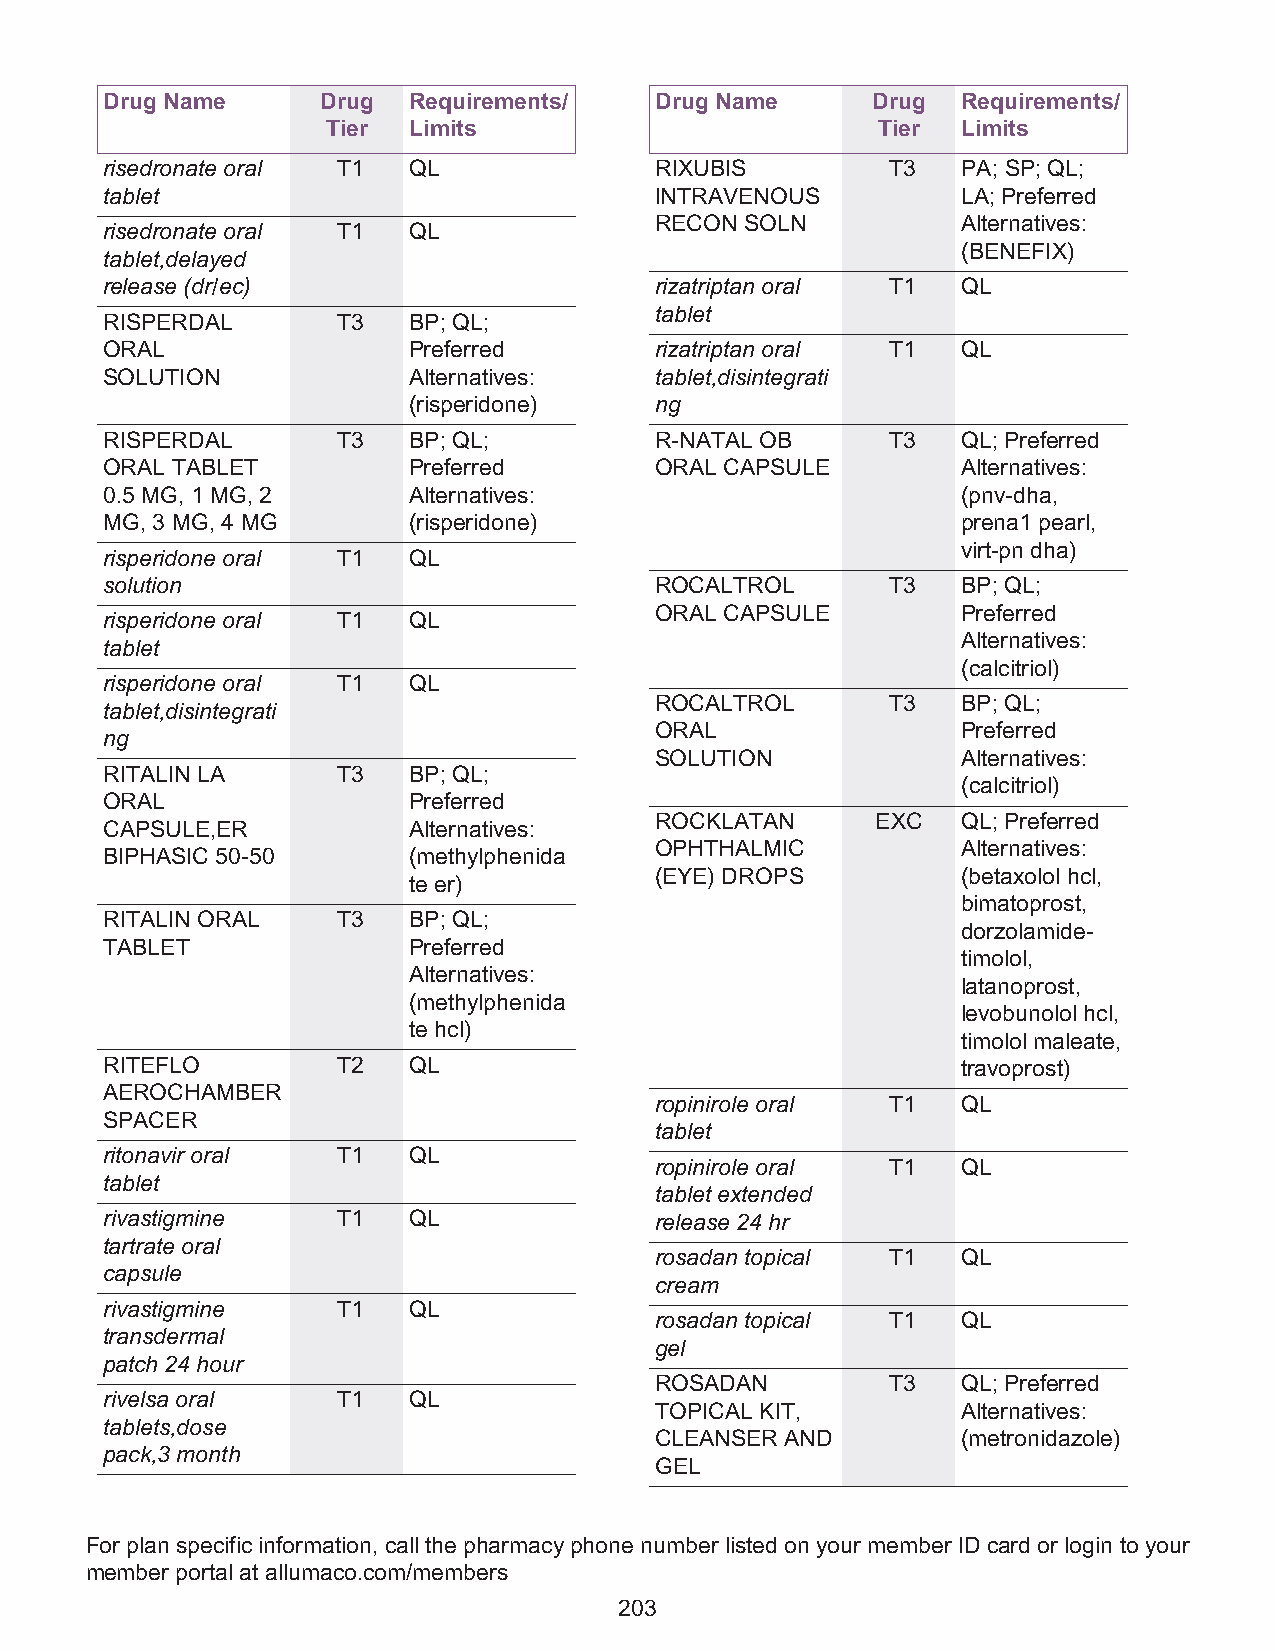
Drug Name     Drug  Requirements/   Drug Name      Drug  Requirements/
 Tier Limits                         Tier  Limits
 risedronate oral T1 QL              RIXUBIS         T3   PA; SP; QL;
 tablet                              INTRAVENOUS          LA; Preferred
 RECON SOLN           Alternatives:
 risedronate oral T1 QL
 (BENEFIX)
 tablet,delayed
 release (dr/ec)                     rizatriptan oral T1  QL
 tablet
 RISPERDAL      T3   BP; QL;
 ORAL                Preferred       rizatriptan oral T1  QL
 SOLUTION            Alternatives:   tablet,disintegrati
 (risperidone)   ng
 RISPERDAL      T3   BP; QL;         R-NATAL OB      T3   QL; Preferred
 ORAL TABLET         Preferred       ORAL CAPSULE         Alternatives:
 0.5 MG, 1 MG, 2     Alternatives:                        (pnv-dha,
 MG, 3 MG, 4 MG      (risperidone)                        prena1 pearl,
 virt-pn dha)
 risperidone oral T1 QL
 solution                            ROCALTROL       T3   BP; QL;
 ORAL CAPSULE         Preferred
 risperidone oral T1 QL
 Alternatives:
 tablet
 (calcitriol)
 risperidone oral T1 QL
 ROCALTROL       T3   BP; QL;
 tablet,disintegrati
 ORAL                 Preferred
 ng
 SOLUTION             Alternatives:
 RITALIN LA     T3   BP; QL;
 (calcitriol)
 ORAL                Preferred
 ROCKLATAN      EXC   QL; Preferred
 CAPSULE,ER          Alternatives:
 OPHTHALMIC           Alternatives:
 BIPHASIC 50-50      (methylphenida
 (EYE) DROPS          (betaxolol hcl,
 te er)
 bimatoprost,
 RITALIN ORAL   T3   BP; QL;
 dorzolamide-
 TABLET              Preferred
 timolol,
 Alternatives:
 latanoprost,
 (methylphenida
 levobunolol hcl,
 te hcl)
 timolol maleate,
 RITEFLO        T2   QL                                   travoprost)
 AEROCHAMBER
 ropinirole oral T1   QL
 SPACER
 tablet
 ritonavir oral T1   QL
 ropinirole oral T1   QL
 tablet
 tablet extended
 rivastigmine   T1   QL              release 24 hr
 tartrate oral
 rosadan topical T1   QL
 capsule
 cream
 rivastigmine   T1   QL
 rosadan topical T1   QL
 transdermal
 gel
 patch 24 hour
 ROSADAN         T3   QL; Preferred
 rivelsa oral   T1   QL
 TOPICAL KIT,         Alternatives:
 tablets,dose
 CLEANSER AND         (metronidazole)
 pack,3 month
 GEL
 For plan specific information, call the pharmacy phone number listed on your member ID card or login to your
 member portal at allumaco.com/members
 203